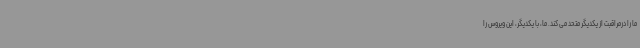
ما را درمراقبت از یکدیگر متحد می کند. ما، با یکدیگر، این ویروس را